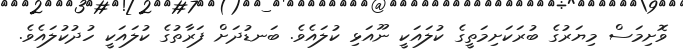
ވޮށިމަސް މިޔަރުގެ ބުރަކަށިމަތީގެ ކުލައަކީ ނޫއަޅި ކުލައެވެ. ބަނޑުދަށް ފަރާތުގެ ކުލައަކީ ހުދުކުލައެވެ.